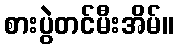
စားပွဲတင်မီးအိမ်။